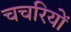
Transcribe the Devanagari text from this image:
चचरियों